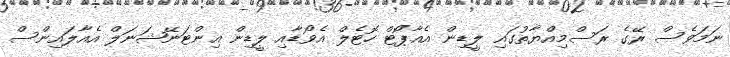
ނަމަވެސް ރޭގެ ރަސްމިއްޔާތުގައި ލީޑިން އެއާޕޯޓް ހޮޓެލް އެވޯޑާއި ލީޑިން އިންޓަނޭޝަނަލް އެއާލައިންސް